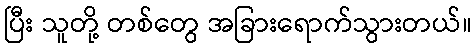
ပြီး သူတို့ တစ်တွေ အခြားရောက်သွားတယ်။